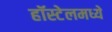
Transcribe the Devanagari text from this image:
हॉस्टेलमध्ये